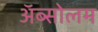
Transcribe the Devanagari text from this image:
अॅब्सोलम